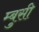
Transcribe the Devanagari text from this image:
म्बुसी